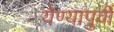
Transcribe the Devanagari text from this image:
येण्यापुर्वी